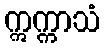
ဣက္ကာသံ